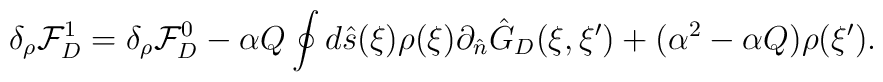
{\delta_{\rho}}{\mathcal{F}_D^1}={\delta_{\rho}}{\mathcal{F}_D^0}-\alpha{Q}\oint{d}\hat{s}(\xi)\rho(\xi){\partial_{\hat{n}}}{\hat{G}_D}(\xi,\xi')+({\alpha^2}-\alpha{Q})\rho(\xi').